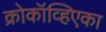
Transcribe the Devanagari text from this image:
क्रोकॉव्हिएका